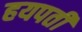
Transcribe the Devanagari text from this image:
हयपती